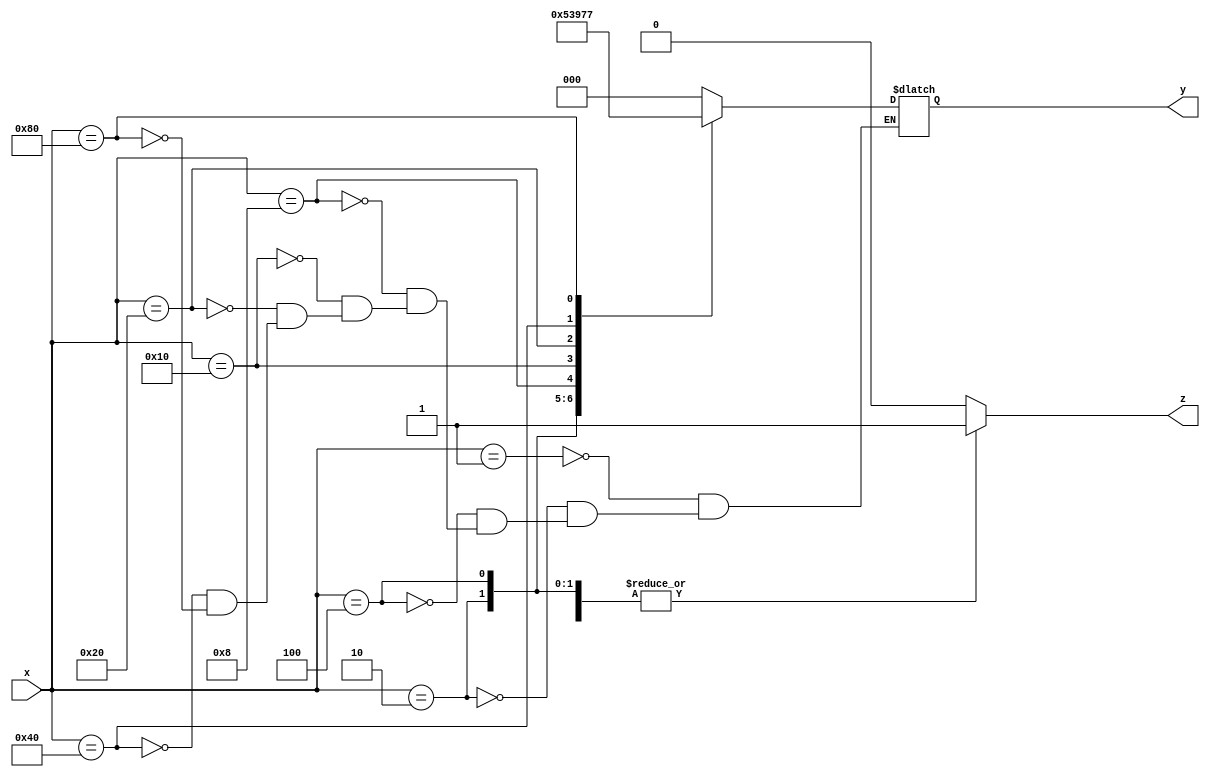
module encoder (x, y, z);
input [7:0] x;
output reg [2:0] y;
output reg z;

always @ (x)
begin
case(x)
	8'b00000001: 
	begin
	y = 3'b000;
	z = 1;
	end
	
	8'b00000010:
	begin
	y = 3'b001;
	z = 1;
	end
	
	8'b00000100:
	begin
	y = 3'b010;
	z = 1;
	end
	
	8'b00001000:
	begin
	y = 3'b011;
	z = 1;
	end
	
	8'b00010000:
	begin
	y = 3'b100;
	z = 1;
	end
	
	8'b00100000:
	begin
	y = 3'b101;
	z = 1;
	end
	
	8'b01000000:
	begin
	y = 3'b110;
	z = 1;
	end 
	
	8'b10000000:
	begin
	y = 3'b111;
	z = 1;
	end 
	
	8'b00000000:
	begin
	z = 0;
	end
	
	default: 
	begin
	z = 0;
	end
	
endcase
end
endmodule